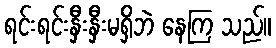
ရင်းရင်းနှီးနှီးမရှိဘဲ နေကြ သည်။